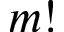
m !